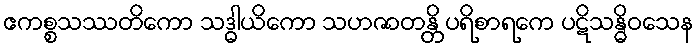
ဧကစ္စသဿတိကော သဒ္ဓါယိကော သဟဇာတန္တိ ပရိစာရကေ ပဋိသန္ဓိဝသေန